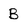
Character: B